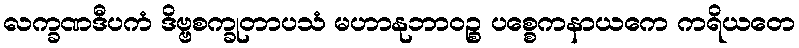
လက္ခဏဒီပကံ ဒိဗ္ဗစက္ခုတာပသံ မဟာနုဘာဝဉ္စ ပစ္စေကနာယကေ ကရိယတေ